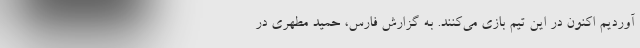
آوردیم اکنون در این تیم بازی‌ می‌کنند. به گزارش فارس، حمید مطهری در